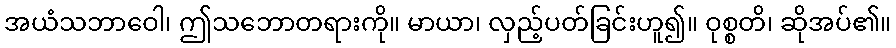
အယံသဘာဝေါ၊ ဤသဘောတရားကို။ မာယာ၊ လှည့်ပတ်ခြင်းဟူ၍။ ဝုစ္စတိ၊ ဆိုအပ်၏။